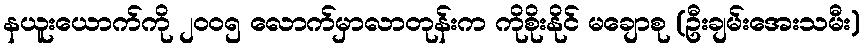
နယူးယောက်ကို ၂၀၀၅ လောက်မှာလာတုန်းက ကိုစိုးနိုင် မချောစု (ဦးချမ်းအေးသမီး)